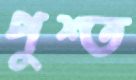
পুশ্ত